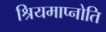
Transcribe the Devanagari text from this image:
श्रियमाप्नोति